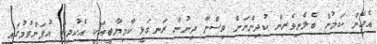
އެހެން ކަމުން ބެލެނިވެރިން ކުދިންނަށް ވިސްނާ ދިނުން ރަނގަޅީ ކާމިޔާބީއަކީ އެކުދިން އުފަންވުމުގައި